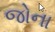
જોના